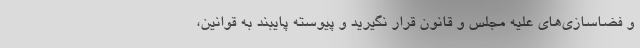
و فضاسازی‌های علیه مجلس و قانون قرار نگیرید و پیوسته پایبند به قوانین،